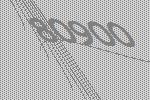
80900